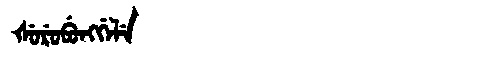
Manchu: ᡧᡠᡵᡠᠪᡠᠩᡤᡝᠯᡝ
Romanization: ŠURUBUNGGELE